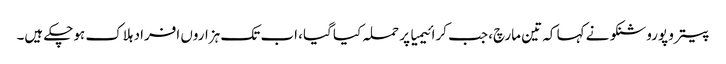
پیترو پوروشنکو نے کہا کہ تین مارچ، جب کرائیمیا پر حملہ کیا گیا، اب تک ہزاروں افراد ہلاک ہوچکے ہیں۔